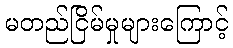
မတည်ငြိမ်မှုများကြောင့်